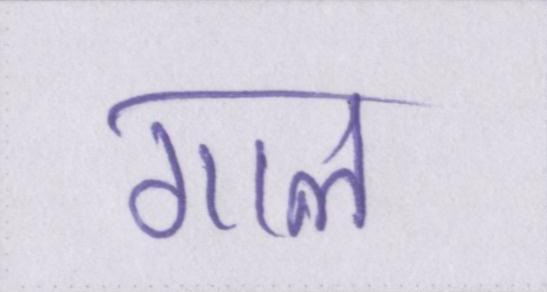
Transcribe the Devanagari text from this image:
गाल